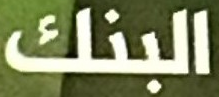
البنك